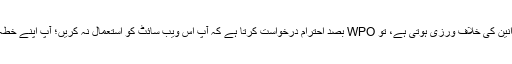
اگر آپ کے اس ویب سائٹ کے ذریعہ پیش کردہ کسی بھی فوائد کے استعمال سے آپ کے خطہ کے قوانین کی خلاف ورزی ہوتی ہے، تو WPO بصد احترام درخواست کرتا ہے کہ آپ اس ویب سائٹ کو استعمال نہ کریں؛ آپ اپنے خطہ کے قوانین کے ساتھ ساتھ اس کی تعمیل کے بارے میں اپنی معلومات اور سمجھ کے لیے ذمہ دار ہیں۔